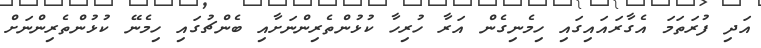
އަދި ފުރަތަމަ އެގާރައައިގައި ހިމެނިގެން އަރާ ހުރިހާ ކުޅުންތެރިންނަށާއި ބެންޗުގައި ހިމެނޭ ކުޅުންތެރިންނަށް